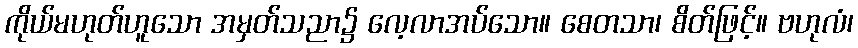
ကိုယ်မဟုတ်ဟူသော အမှတ်သညာ၌ လေ့လာအပ်သော။ စေတသာ၊ စိတ်ဖြင့်။ ဗဟုလံ၊